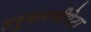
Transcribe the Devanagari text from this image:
हनु्मानजीपेटा